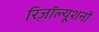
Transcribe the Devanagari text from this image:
रिज़ॉल्यूशनों